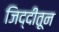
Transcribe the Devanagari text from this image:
जिद्दीतून